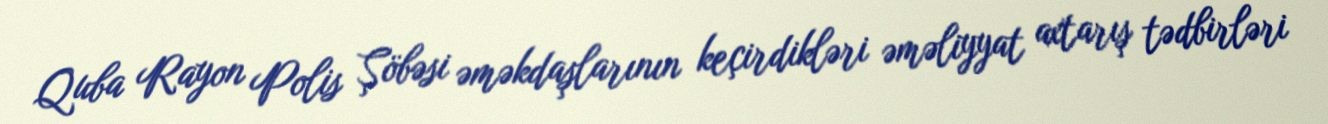
Quba Rayon Polis Şöbəsi əməkdaşlarının keçirdikləri əməliyyat axtarış tədbirləri